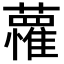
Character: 𮒭